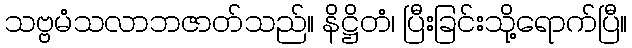
သဗ္ဗမံသလာဘဇာတ်သည်။ နိဋ္ဌိတံ၊ ပြီးခြင်းသို့ရောက်ပြီ။